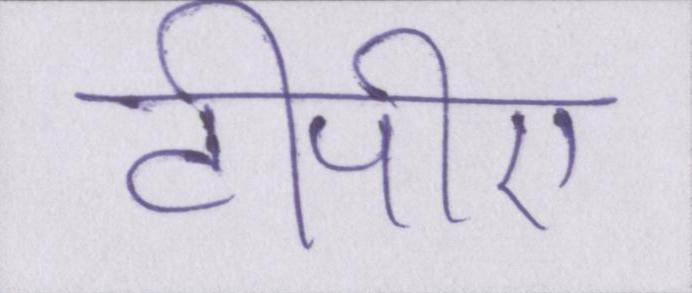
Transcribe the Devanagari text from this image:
टीपीए